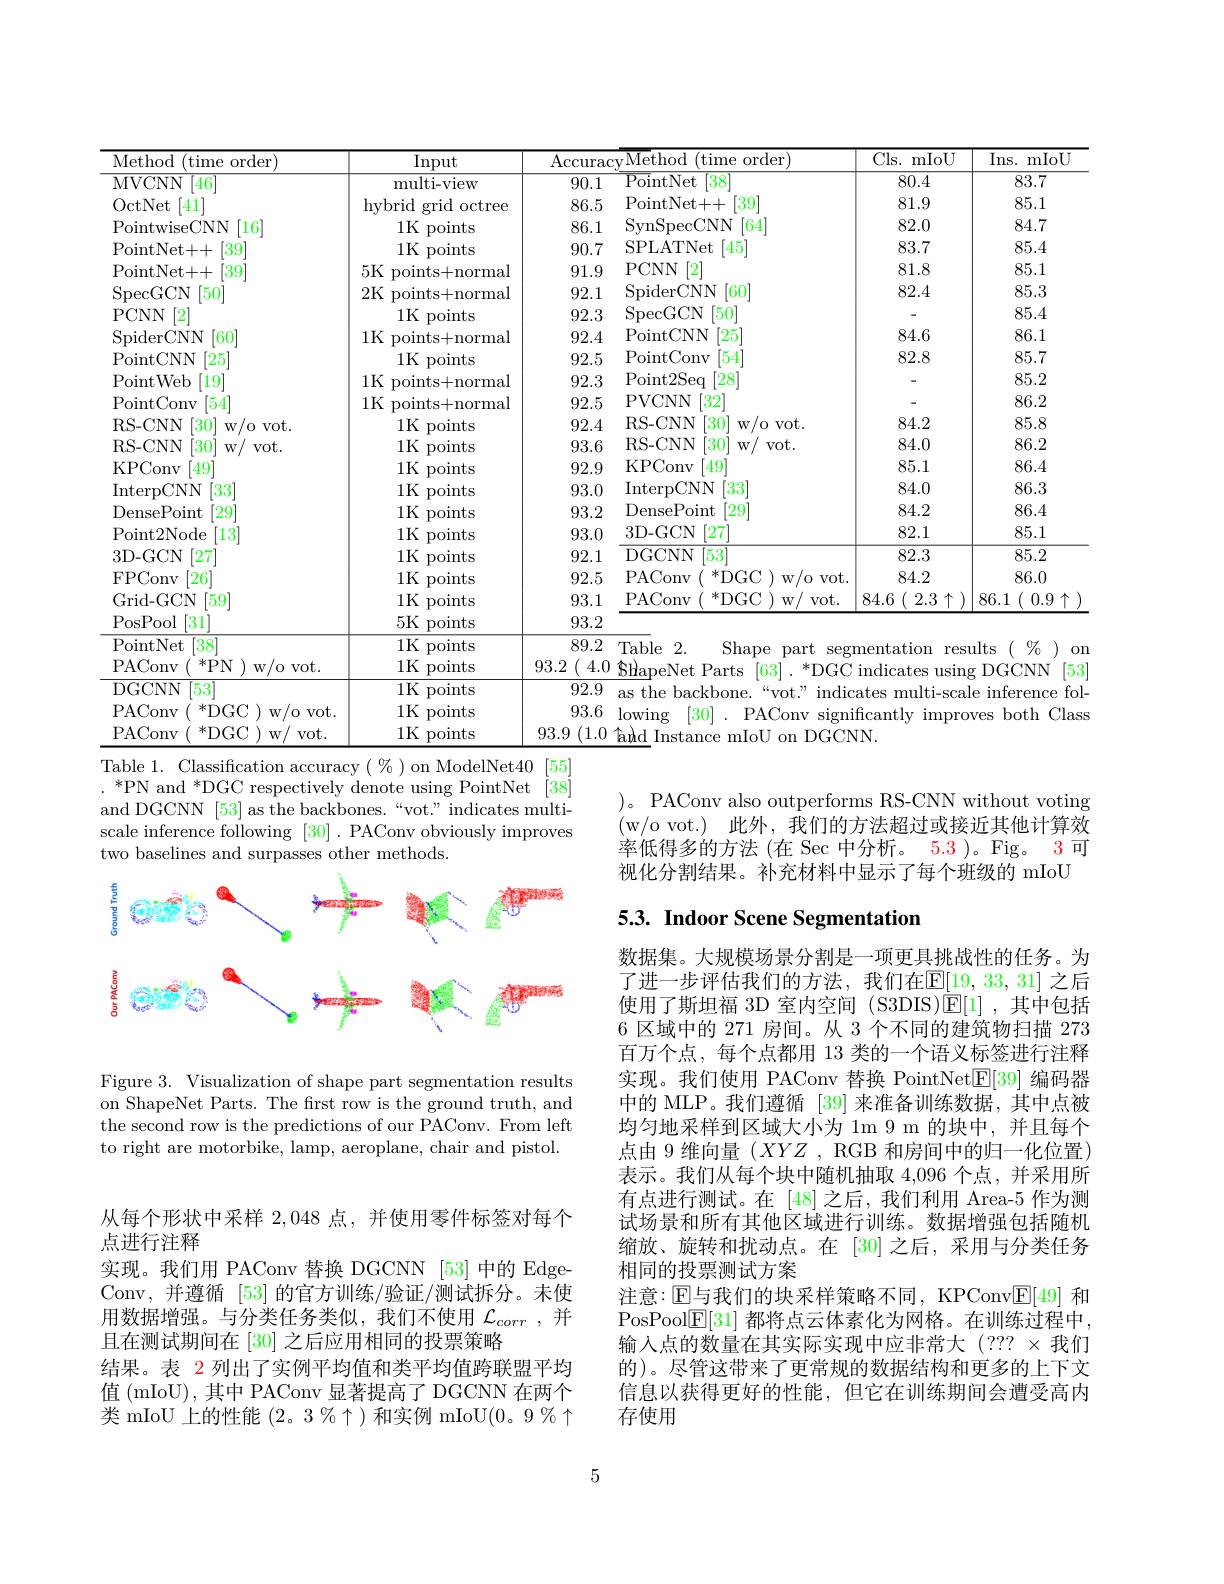
<table>
	<tbody>
		<tr>
			<th>Method( (time order)</th>
			<th>Input</th>
			<th>Accurac</th>
			<th>cvMethod (time order</th>
			<th>$Cls.1$ mIoU</th>
			<th>Ins. mIoU</th>
		</tr>
		<tr>
			<td>MVCNN $\boxed{46}$</td>
			<td>multi- view</td>
			<td>90.1</td>
			<td>$\lceil38\rceil$ ${\mathrm{PointNet}}$</td>
			<td>80.4</td>
			<td>83.7</td>
		</tr>
		<tr>
			<td>OctNet [41]</td>
			<td>hvbrid grid octree </td>
			<td>86.5</td>
			<td>PointNet+ + $[39^{.}]$</td>
			<td>81.9</td>
			<td>85.1</td>
		</tr>
		<tr>
			<td>PointwiseCNN [16]</td>
			<td>1K points</td>
			<td>86.1</td>
			<td>SynSpecCNN $\lceil64\rceil$</td>
			<td>82.0</td>
			<td>84.7</td>
		</tr>
		<tr>
			<td>PointNet+ + $[39^{\circ}]$</td>
			<td>1K points</td>
			<td>90.7</td>
			<td>SPLATNet [45]</td>
			<td>83.7</td>
			<td>85.4</td>
		</tr>
		<tr>
			<td>PointNet+ + $\lceil39\rceil$</td>
			<td>5K points+normal</td>
			<td>91.9</td>
			<td>PCNN 2</td>
			<td>81.8</td>
			<td>85.1</td>
		</tr>
		<tr>
			<td>SpecGCN $\lceil50^{\circ}$</td>
			<td>2K points+normal</td>
			<td>92.1</td>
			<td>SpiderCNN $\lceil60\rceil$</td>
			<td>82.4</td>
			<td>85.3</td>
		</tr>
		<tr>
			<td>PCNN 2</td>
			<td>1K points</td>
			<td>92.3</td>
			<td>$\operatorname{SpecGCN}$ $\lceil50\rceil$</td>
			<td> </td>
			<td>85.4</td>
		</tr>
		<tr>
			<td>SpiderCNN $\lceil60\rceil$</td>
			<td>1K points+normal</td>
			<td>92.4</td>
			<td>PointCNN $\left[25\right]$</td>
			<td>84.6</td>
			<td>86.1</td>
		</tr>
		<tr>
			<td>[25] PointCNN</td>
			<td>1K points</td>
			<td>92.5</td>
			<td>PointConv [54]</td>
			<td>82.8</td>
			<td>85.7</td>
		</tr>
		<tr>
			<td>$[19^{\prime}]$ PointWeb</td>
			<td>1K points+normal</td>
			<td>92.3</td>
			<td>Point2Seq $[28^{\cdot}]$</td>
			<td> </td>
			<td>85.2</td>
		</tr>
		<tr>
			<td>$\left\lceil54\right\rceil$ PointConv</td>
			<td>1K points+normal</td>
			<td>92.5</td>
			<td>PVCNN $\lceil32\rceil$</td>
			<td> </td>
			<td>86.2</td>
		</tr>
		<tr>
			<td>w/o vot. RS- CNN $\lceil30\rceil$</td>
			<td>1K points</td>
			<td>92.4</td>
			<td>RS- CNN $\lceil30\rceil$ w/o vot.</td>
			<td>84.2</td>
			<td>85.8</td>
		</tr>
		<tr>
			<td>RS- CNN $30^{\prime}$ $W/$ $VOt.$</td>
			<td>1K points</td>
			<td>93.6</td>
			<td>RS- CNN $\lceil30\rceil$ $W/$ $VOt.$</td>
			<td>84.0</td>
			<td>86.2</td>
		</tr>
		<tr>
			<td>KPConv [49]</td>
			<td>1K points</td>
			<td>92.9</td>
			<td>KPConv ' 49</td>
			<td>85.1</td>
			<td>86.4</td>
		</tr>
		<tr>
			<td>InterpCNN [33]</td>
			<td>1K points</td>
			<td>93.0</td>
			<td>InterpCNN $\lceil33$</td>
			<td>84.0</td>
			<td>86.3</td>
		</tr>
		<tr>
			<td>DensePoint $[29^{\cdot}]$</td>
			<td>1K points</td>
			<td>93.2</td>
			<td>$[29^{\prime}]$ DensePoint</td>
			<td>84.2</td>
			<td>86.4</td>
		</tr>
		<tr>
			<td>Point2Node $\lceil13\rceil$</td>
			<td>1K points</td>
			<td>93.0</td>
			<td>$\lceil27\rceil$ 3D-GCN</td>
			<td>82.1</td>
			<td>85.1</td>
		</tr>
		<tr>
			<td>3D-GCN [27</td>
			<td>1K points</td>
			<td>92.1</td>
			<td>DGCNN $153^{\prime}$</td>
			<td>82.3</td>
			<td>85.2</td>
		</tr>
		<tr>
			<td>FPConv [26]</td>
			<td>1K points</td>
			<td>92.5</td>
			<td>${}^{*}$DGC )w/o vot. PAConv</td>
			<td>84.2</td>
			<td>86.0</td>
		</tr>
		<tr>
			<td>Grid-GCN $\lceil59\rceil$</td>
			<td>1K points</td>
			<td>93.1</td>
			<td>${}^*{\mathrm{DGC}}$ PAConv $W/$ $Vot.$</td>
			<td>84.6 $2.3\uparrow$</td>
			<td>86.1 $0.9\uparrow$ $I(1)$ </td>
		</tr>
		<tr>
			<td>PosPool [31]</td>
			<td>5K points</td>
			<td>93.2</td>
			<td> </td>
			<td> </td>
			<td> </td>
		</tr>
		<tr>
			<td>PointNet $\lceil38\rceil$</td>
			<td>1K points</td>
			<td>89.2</td>
			<td>Table 2. Shape part segn</td>
			<td>mentation resl</td>
			<td>ults $0n$</td>
		</tr>
		<tr>
			<td>PAConv *PN 1. w/o vot.</td>
			<td>1K points</td>
			<td>93.2 4.0</td>
			<td>$\hat{s}$hapeNet ${\mathrm{t}}$Parts [63] *DGC</td>
			<td>$\operatorname{indicates}$ usins</td>
			<td>DGCNN 53</td>
		</tr>
		<tr>
			<td>DGCNN $[53^{\prime}]$</td>
			<td>1K points</td>
			<td>92.9</td>
			<td>as the backbone $\zeta i$ $^{:`}\mathrm{VOt}^{,,,}$ $indic:$</td>
			<td>ates multi- sca</td>
			<td>$\operatorname{inference}$ fol. e</td>
		</tr>
		<tr>
			<td>${}^{*}$DGC)v PAConv w/o vot.</td>
			<td>1K points</td>
			<td>93.6</td>
			<td>lowing [30] PAConv signif</td>
			<td>ficantlv $\operatorname{impro}$</td>
			<td>Class Ves both</td>
		</tr>
		<tr>
			<td>PAConv *DGC 11 $W/$ $VOt.$</td>
			<td>1K points</td>
			<td>93.9 (1.0</td>
			<td>$\hat{\text{add Insta}}$ mIoU on DGCN</td>
			<td>$N$</td>
			<td> </td>
		</tr>
	</tbody>
</table>
Table 1. Classification accuracy $(\%)$ on ModelNet40[55]

$.{}^{*}\mathrm{PN~and~}^{*}$DGC respectively denote using PointNet[38] and DGCNN [53] as the backbones.“vot.” indicates multiscale inference following [30]. PAConv obviously improves two baselines and surpasses other methods.

)。PAConv also outperforms RS-CNN without voting (w/o vot.)此外，我们的方法超过或接近其他计算效率低得多的方法 (在 Sec 中分析。5.3 )。Fig。3 可视化分割结果。补充材料中显示了每个班级的 mIoU

## 5.3. Indoor Scene Segmentation

<FigureHere>

Figure 3. Visualization of shape part segmentation results on ShapeNet Parts. The first row is the ground truth, and the second row is the predictions of our PAConv. From left to right are motorbike, lamp, aeroplane, chair and pistol.

数据集。大规模场景分割是一项更具挑战性的任务。为了进一步评估我们的方法，我们在$\mathbb{E}[19,33,31]$ 之后使用了斯坦福 3D 室内空间 (S3DIS)E[1] ,其中包括6 区域中的 271 房间。从 3 个不同的建筑物扫描 273百万个点，每个点都用 13 类的一个语义标签进行注释实现。我们使用 PAConv 替换 PointNet$\mathbb{E}[39]$编码器中的 MLP。我们遵循 [39] 来准备训练数据，其中点被均匀地采样到区域大小为 1m 9 m 的块中，并且每个点由 9 维向量$(XYZ$ , RGB 和房间中的归一化位置) 表示。我们从每个块中随机抽取 4,096 个点，并采用所有点进行测试。在 [48]之后，我们利用 Area-5 作为测试场景和所有其他区域进行训练。数据增强包括随机缩放、旋转和扰动点。在[30]之后，采用与分类任务相同的投票测试方案
注意：$\operatorname{E}$与我们的块采样策略不同，KPConv$\operatorname{E}[49]$ 和PosPool$\underline{\mathbb{E}}[31]$都将点云体素化为网格。在训练过程中， 输入点的数量在其实际实现中应非常大(??? ×我们的)。尽管这带来了更常规的数据结构和更多的上下文信息以获得更好的性能，但它在训练期间会遭受高内存使用

从每个形状中采样 2,048 点，并使用零件标签对每个
点进行注释
实现。我们用 PAConv 替换 DGCNN [53] 中的 EdgeConv,并遵循[53]的官方训练/验证/测试拆分。未使用数据增强。与分类任务类似，我们不使用$\mathcal{L}_{corr}$ ,并且在测试期间在[30]之后应用相同的投票策略
结果。表 2 列出了实例平均值和类平均值跨联盟平均值 (mIoU),其中 PAConv 显著提高了 DGCNN 在两个类 mIoU 上的性能(2。3 %$\uparrow)$和实例 mIoU(0。9%$\uparrow$

5